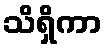
သိရှိကာ